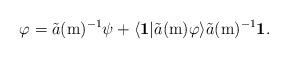
LaTeX: \begin{align*}\varphi=\tilde{a}(\mathrm{m})^{-1}\psi+\langle\mathbf{1}|\tilde{a}(\mathrm{m})\varphi\rangle\tilde{a}(\mathrm{m})^{-1}\mathbf{1}.\end{align*}